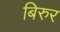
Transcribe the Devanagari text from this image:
बिरुर